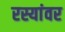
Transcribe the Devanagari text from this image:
रस्यांवर